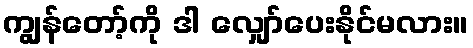
ကျွန်တော့်ကို ဒါ လျှော်ပေးနိုင်မလား။